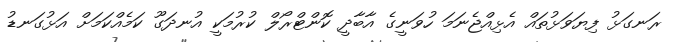
ރަނގަޅު ފިޔަވަޅުތައް އެޅިއްޖެނަމަ ހުވަނީގެ އާބާދީ ކޮންޓްރޯލް ކުރުމަކީ އުނދަގޫ ކަމެއްކަމަށް އަޅުގަނޑު